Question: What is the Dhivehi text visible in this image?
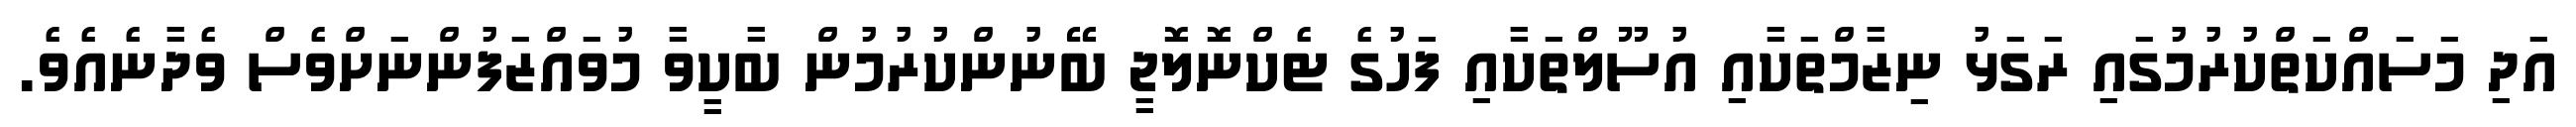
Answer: އަދި މަސައްކަތްކުރުމުގައި ރަގަޅު ނިޒާމްތަކާއި އުސޫލްތަކާއި ފަހުގެ ޓެކްނޮލޮޖީ ބޭނުންކުރުމުން ބާކީވާ މުވައްޒަފުންނަށްވެސް ވެދާނެއެވެ.